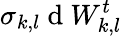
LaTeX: \sigma_{k,l}\mathrm{~d~}W_{k,l}^{t}